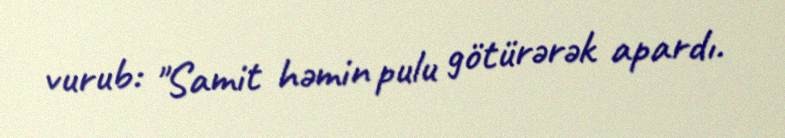
vurub: "Samit həmin pulu götürərək apardı.